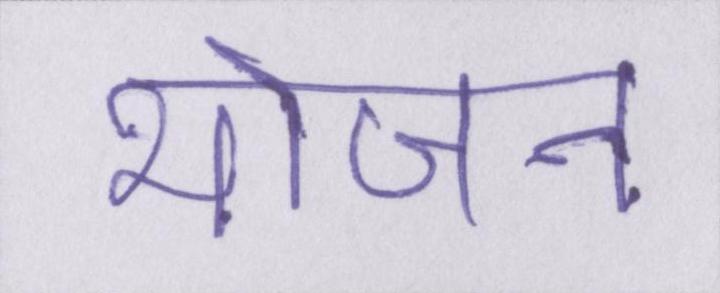
भोजन